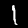
Label: 1